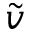
\tilde { v }